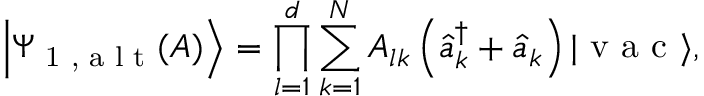
\left| \Psi _ { \textrm { 1 , a l t } } ( A ) \right\rangle = \prod _ { l = 1 } ^ { d } \sum _ { k = 1 } ^ { N } A _ { l k } \left( \hat { a } _ { k } ^ { \dagger } + \hat { a } _ { k } \right) | \textrm { v a c } \rangle ,